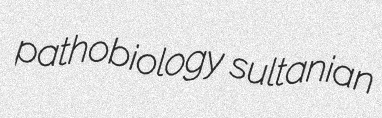
pathobiology sultanian